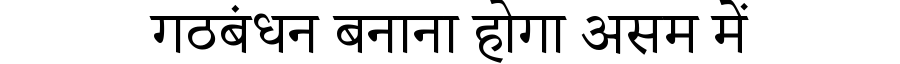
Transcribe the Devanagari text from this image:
गठबंधन बनाना होगा असम में